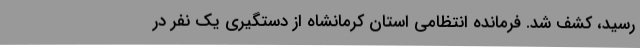
رسید، کشف شد. فرمانده انتظامی استان کرمانشاه از دستگیری یک نفر در